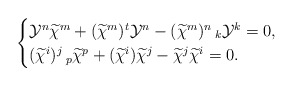
\begin{align*}\begin{cases} \mathcal{Y}^{n}\widetilde{\chi}^{m}+(\widetilde{\chi}^{m})^{t}\mathcal{Y}^{n}-(\widetilde{\chi}^{m})^{n}\,_{k}\mathcal{Y}^{k}=0,\cr (\widetilde{\chi}^{i})^{j}\,_{p}\widetilde{\chi}^{p}+(\widetilde{\chi}^{i})\widetilde{\chi}^{j}-\widetilde{\chi}^{j}\widetilde{\chi}^{i}=0.\end{cases}\end{align*}